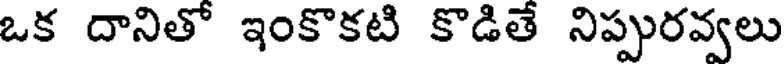
ఒక దానితో ఇంకొకటి కొడితే నిప్పురవ్వలు